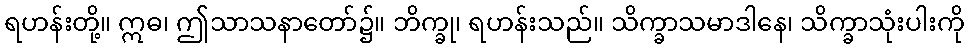
ရဟန်းတို့။ ဣဓ၊ ဤသာသနာတော်၌။ ဘိက္ခု၊ ရဟန်းသည်။ သိက္ခာသမာဒါနေ၊ သိက္ခာသုံးပါးကို